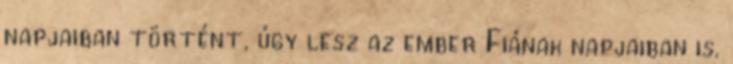
napjaiban történt, úgy lesz az ember Fiának napjaiban is.